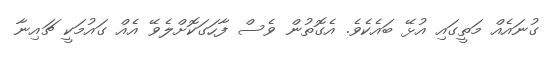
ގުނައެއް މަތީގައި އުޅޭ ބައެކެވެ. އެގޮތުން ވެސް ފާހަގަކޮށްލެވޭ އެއް ގައުމަކީ ޗައިނާ